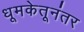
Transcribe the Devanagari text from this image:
धूमकेतूनंतर